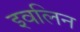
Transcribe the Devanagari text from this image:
इवलिन